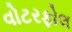
વોટરફોલ